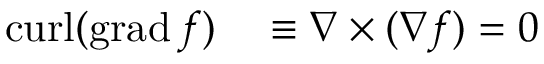
\begin{array} { r l } { \operatorname { c u r l } ( \operatorname { g r a d } f ) } & { { } \equiv \nabla \times ( \nabla f ) = 0 } \end{array}